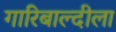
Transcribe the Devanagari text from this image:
गारिबाल्दीला